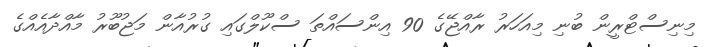
މިނިސްޓްރީން ބުނި މިއަހަރު ރާއްޖޭގެ 90 އިންސައްތަ ސްކޫލްގައި ގުރުއާން މަޖުބޫރު މާއްދާއެއްގެ